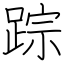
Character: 踪